Problem: 43 + 40 = ?
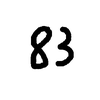
Handwritten answer: 83